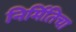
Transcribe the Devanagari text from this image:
निर्मितिचा